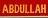
abdullah